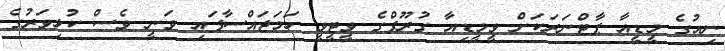
ނިއުގެ މީޑީއާ ޕާޓްނަރަކަށް ވީމީޑިއާ ގުރޫޕްގެ ވީޓީވީ ހަމަޖައްސާފައި ވަނީ ވެސް ކުޅިވަރުގެ